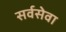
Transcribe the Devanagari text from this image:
सर्वसेवा